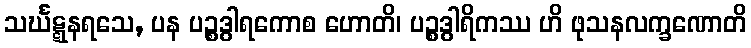
သင်္ဃဋ္ဋနရသေ, ပန ပဉ္စဒွါရကောစ ဟောတိ၊ ပဉ္စဒွါရိကဿ ဟိ ဖုသနလက္ခဏောတိ